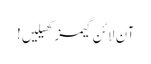
آن لائن گیمز کھیلیں!